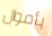
بأموال